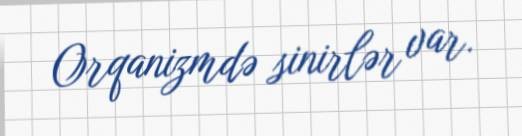
Orqanizmdə sinirlər var.